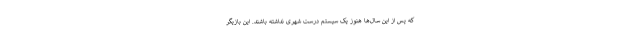
که پس از این سال‌ها هنوز یک سیستم درست شهری نداشته باشند. این بازیگر